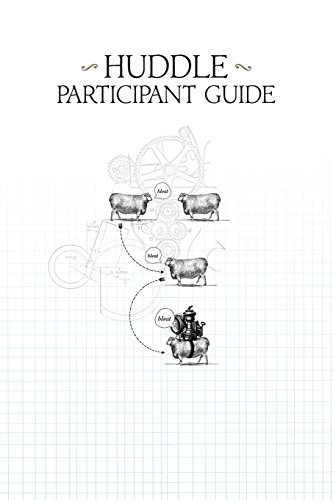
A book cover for Huddle Participant Guide; Mike Breen; Religion & Spirituality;